Scientific memoirs by medical officers of the Army of India - Part XII,
Year: 1901
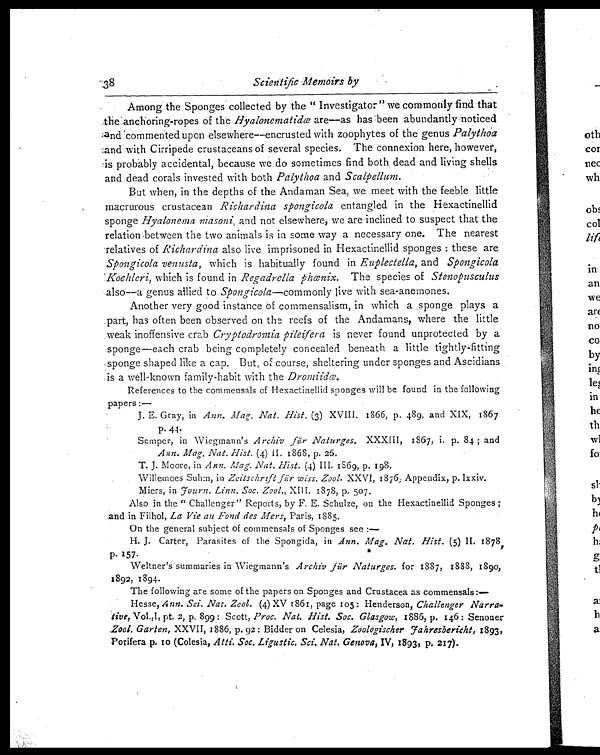
Scientific Memoirs by
Among the Sponges collected by the " Investigator" we commonly find that
the anchoring-ropes of the Hyalonematidœ are—as has been abundantly noticed
and commented upon elsewhere—encrusted with zoophytes of the genus Palythoa
and with Cirripede crustaceans of several species. The connexion here, however,
is probably accidental, because we do sometimes find both dead and living shells
and dead corals invested with both Palythoa and Scalpellum.
But when, in the depths of the Andaman Sea, we meet with the feeble little
macrurous crustacean Richardina spongicola entangled in the Hexactinellid
sponge Hyalonema masoni, and not elsewhere, we are inclined to suspect that the
relation between the two animals is in some way a necessary one. The nearest
relatives of Richardina also live imprisoned in Hexactinellid sponges : these are
Spongicola venusta, which is habitually found in Euplectella, and Spongicola
Koehleri, which is found in Regadrella phœnix. The species of Stenopusculus
also—a genus allied to Spongicola—commonly live with sea-anemones.
Another very good instance of commensalism, in which a sponge plays a
part, has often been observed on reefs of the Andamans, where the little
weak inoffensive crab Cryptodromia pileifera is never found unprotected by a
sponge—each crab being completely concealed beneath a little tightly-fitting
sponge shaped like a cap. But, of course, sheltering under sponges and Ascidians
is a well-known family-habit with the Dromiidœ.
References to the commensals of Hexactinellid sponges will be found in the following
papers :—
J. E. Gray, in Ann. Mag. Nat. Hist. (3) XVIII. 1866, p. 489, and XIX, 1867
p .
4 4 .
Semper, in Wiegmann's Archiv für Naturges. XXXIII, 1867, i. p. 84 ; and
Ann. Mag. Nat. Hist. (4) II. 1868, p. 26.
T. J. Moore, in Ann. Mag. Nat. Hist. (4) III. 1869, p. 198.
Willemoes Suhm, in Zeitschrift für wiss. Zool. XXVI, 1876, Appendix, p. lxxiv.
Miers, in Journ. Linn. Soc. Zool., XIII. 1878, p. 507.
Also in the " Challenger" Reports, by F. E. Schulze, on the Hexactinellid Sponges ;
and in Filhol, La Vie au Fond des Mers, Paris, 1885.
On the general subject of commensals of Sponges see :—
H. J. Carter, Parasites of the Spongida, in Ann. Mag. Nat. Hist. (5) II. 1878,
p. 157.
Weltner's summaries in Wiegmann's Archiv für Naturges. for 1887, 1888, 1890,
1892, 1894.
The following are some of the papers on Sponges and Crustacea as commensals:—
Hesse, Ann. Sci. Nat. Zool. (4) XV 1861, page 105: Henderson, Challenger Narra-
tive,Vol.,1, pt. 2, p. 899: Scott, Proc. Nat. Hist. Soc. Glasgow, 1886, p. 146: Senoner
Zool. Garten, XXVII, 1886, p. 92 : Bidder on Celesia, Zoologischer J ahresbericht, 1893,
Porifera p. 10 (Colesia, Atti. Soc. Ligustic. Sci. Nat. Genova, IV, 1893, p. 217) .